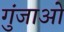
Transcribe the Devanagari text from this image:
गुंजाओ